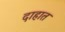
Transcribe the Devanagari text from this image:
दाहात